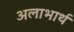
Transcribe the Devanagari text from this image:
अलाभार्थ